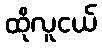
ထိုလူငယ်